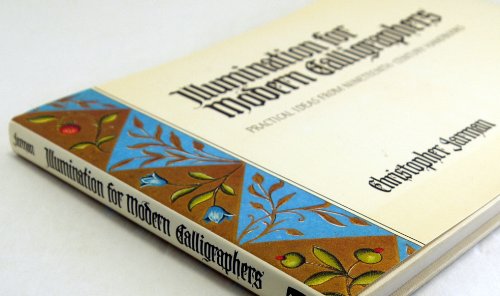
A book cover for Illumination for Modern Calligraphers; Christopher Jarman; Arts & Photography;